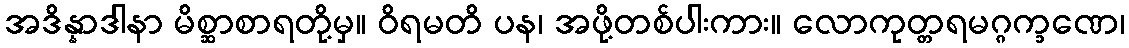
အဒိန္နာဒါနာ မိစ္ဆာစာရတို့မှ။ ဝိရမတိ ပန၊ အဖို့တစ်ပါးကား။ လောကုတ္တရမဂ္ဂက္ခဏေ၊